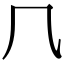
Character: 𠘨